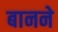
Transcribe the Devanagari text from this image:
बानने